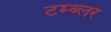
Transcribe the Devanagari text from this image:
टम्ब्लर